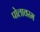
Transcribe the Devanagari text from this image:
पोलावरम